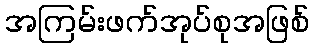
အကြမ်းဖက်အုပ်စုအဖြစ်